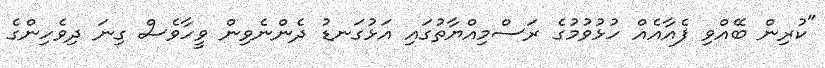
"ކުރިން ބޭއްވި ފެއާއެއް ހުޅުވުމުގެ ރަސްމިއްޔާތުގައި އަޅުގަނޑު ދެންނެވިން ވީހާވެސް ގިނަ ދިވެހިންގެ